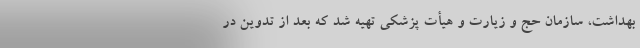
بهداشت، سازمان حج و زیارت و هیأت پزشکی تهیه شد که بعد از تدوین در